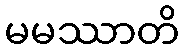
မမဿာတိ